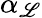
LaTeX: \alpha_{\mathscr{L}}